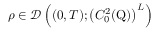
\rho \in \mathcal { D } \left( ( 0 , T ) ; \left( C _ { 0 } ^ { 2 } ( \mathrm { Q } ) \right) ^ { L } \right)